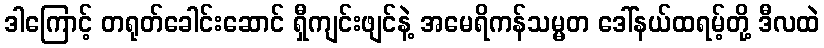
ဒါကြောင့် တရုတ်ခေါင်းဆောင် ရှီကျင်းဖျင်နဲ့ အမေရိကန်သမ္မတ ဒေါ်နယ်ထရမ့်တို့ ဒီလထဲ